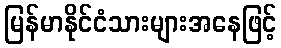
မြန်မာနိုင်ငံသားများအနေဖြင့်